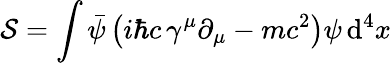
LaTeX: {\mathcal{S}}=\int{\bar{\psi}}\left(i\hbar c\, \gamma^{\mu}\partial_{\mu}-mc^{2}\right)\psi\, \mathrm{d}^{4}x